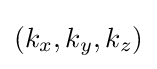
{\textstyle (k_{x},k_{y},k_{z})}